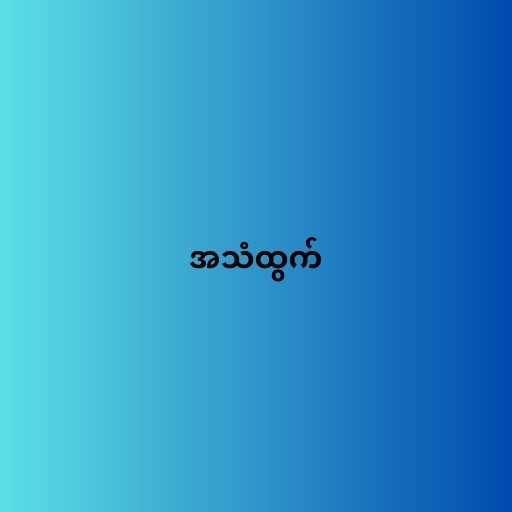
အသံထွက်